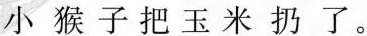
小猴子把玉米扔了。